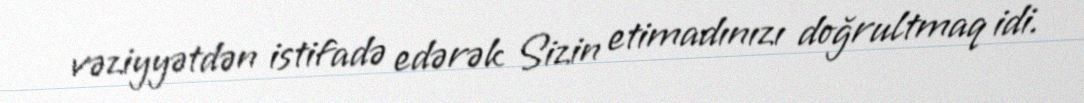
vəziyyətdən istifadə edərək Sizin etimadınızı doğrultmaq idi.